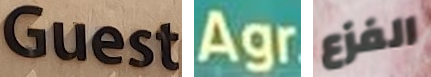
Guest Agr الفزع